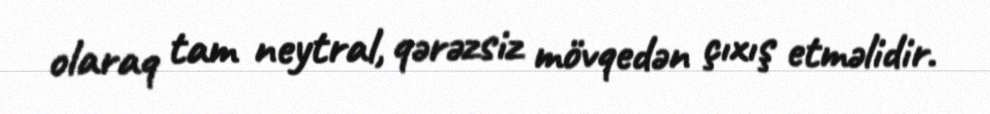
olaraq tam neytral, qərəzsiz mövqedən çıxış etməlidir.